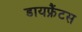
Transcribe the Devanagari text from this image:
डायफ्रैंटस